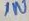
Text: IN